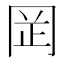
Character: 𫝍